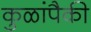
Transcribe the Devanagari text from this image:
कुळांपैकी